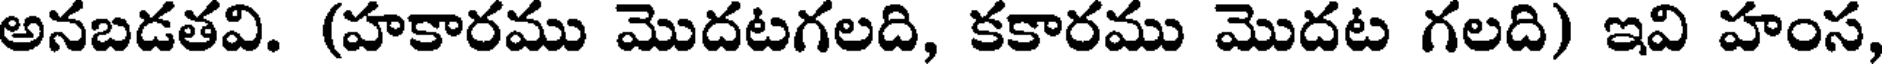
అనబడతవి. (హకారము మొదటగలది, కకారము మొదట గలది) ఇవి హంస,